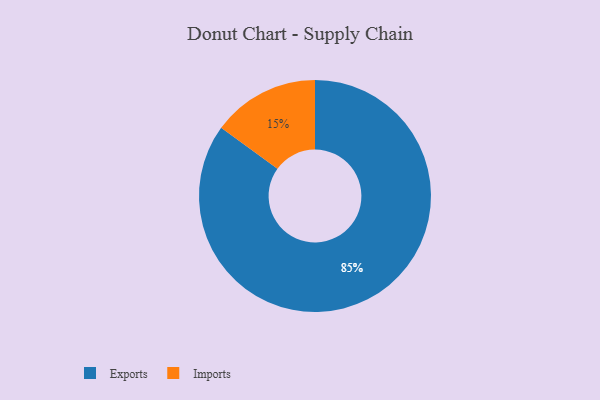
{"axis": {"x": "Category", "y": "Percentage"}, "legend": ["Exports", "Imports"], "data": [{"x": "Exports", "y": 85, "type": "Exports"}, {"x": "Imports", "y": 15, "type": "Imports"}]}